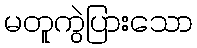
မတူကွဲပြားသော